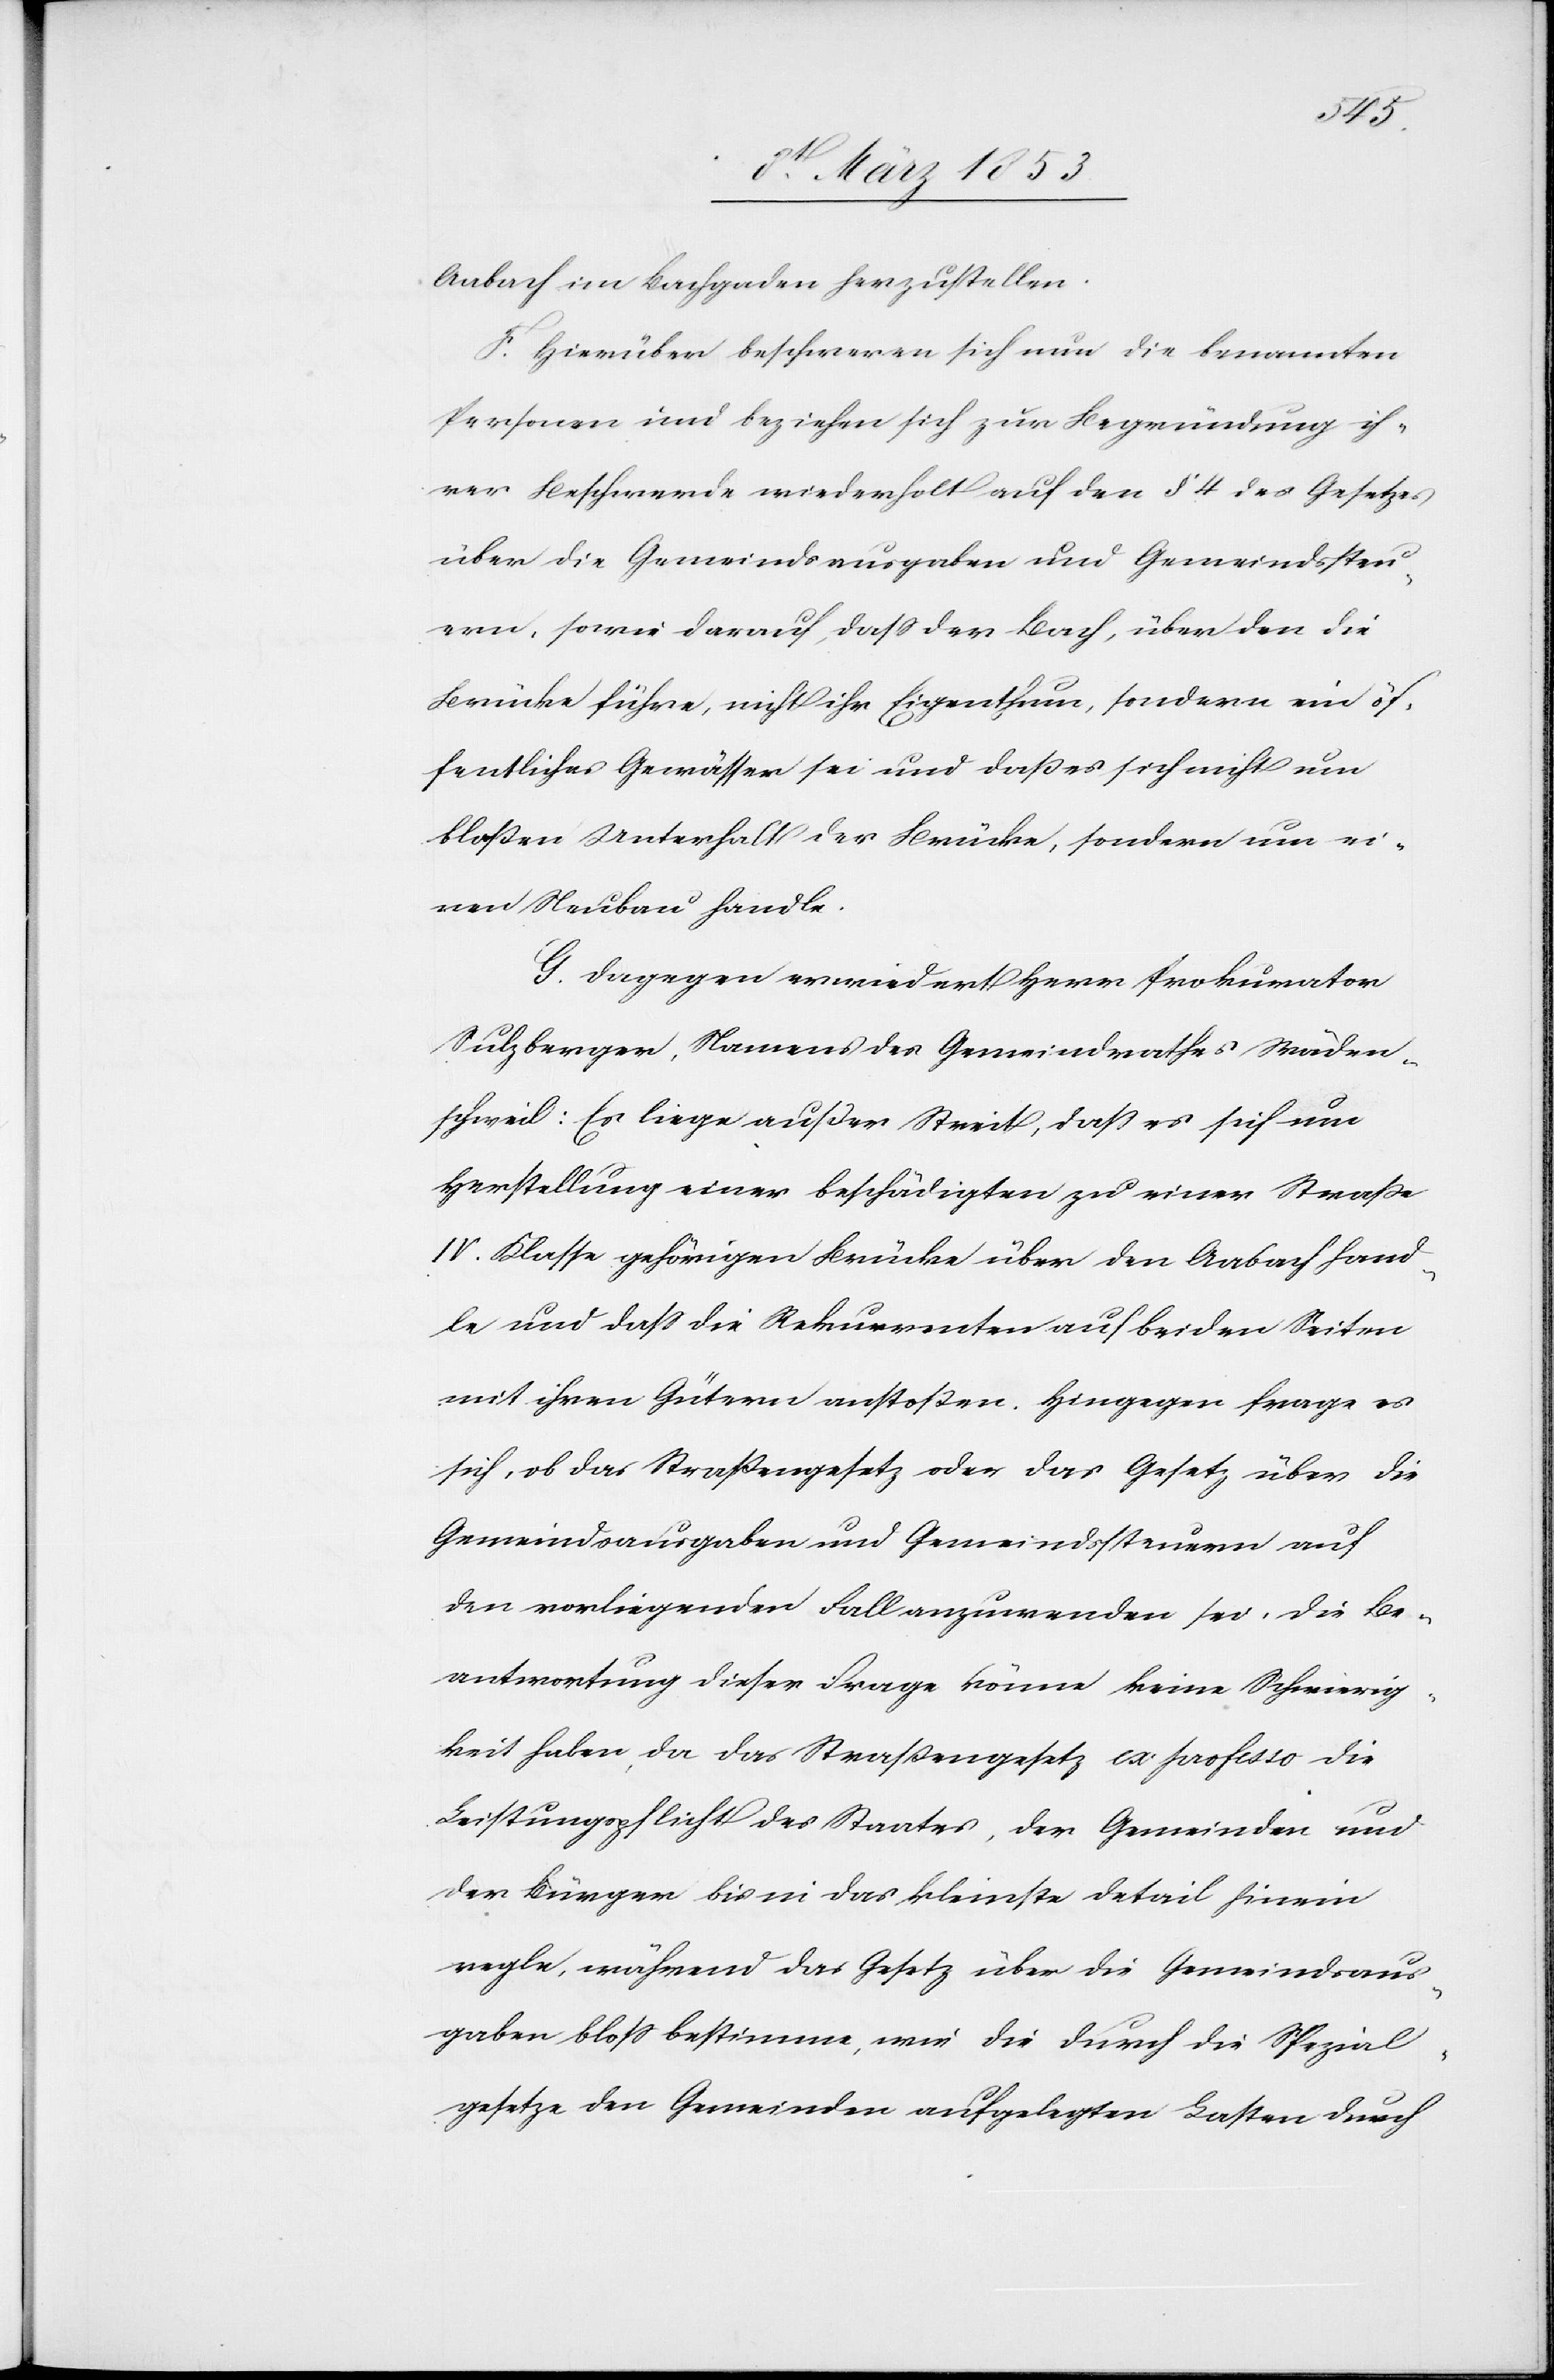
Anbach in Bachgaden herzustellen.
F. Hierüber beschweren sich nun die benannten
Personen und beziehen sich zur Begründung ih¬
rer Beschwerde wiederholt auf den § 4 des Gesetzes
über die Gemeindsausgaben und Gemeindssteu¬
ern, sowie darauf, daß der Bach, über den die
Brücke führe, nicht ihr Eigenthum, sondern ein öf¬
fentliches Gewässer sei und daß es sich nicht um
bloßen Unterfall der Brücke, sondern um ei¬
nen Neubau handle.
G. Dagegen erwiedert Herr Prokurator
Sulzberger, Namens des Gemeindrathes Mönchen¬
schweil: Es liege außer Streit, daß es sich um
Herstellung einer beschädigten zu einer Straße
IV. Klasse gehörigen Brücke über den Anbach hand¬
le und daß die Rekurrenten auf beiden Seiten
mit ihren Gütern anstoßen. Hingegen frage es
sich, ob das Straßengesetz oder das Gesetz über die
Gemeindsausgaben und Gemeindssteuern auf
den vorliegenden Fall anzuwenden sei. Die Be¬
antwortung dieser Frage könne keine Schwierig¬
keit haben, da das Straßengesetz ex professo die
Leistungspflicht des Staates, der Gemeinden und
der Bürger bis in das kleinste Detail hinein
regle, während das Gesetz über die Gemeindsaus¬
gaben bloß bestimme, wie die durch die Spezial¬
gesetze den Gemeinden aufgelegten Lasten durch